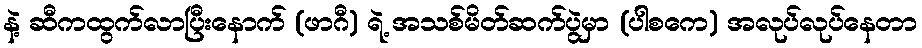
နဲ့ ဆီကထွက်လာပြီးနောက် (ဖာဂီ) ရဲ့ အသစ်မိတ်ဆက်ပွဲမှာ (ပါစကေ) အလုပ်လုပ်နေတာ